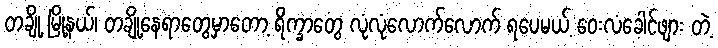
တချို့ မြို့နယ်၊ တချို့နေရာတွေမှာတော့ ရိက္ခာတွေ လုံလုံလောက်လောက် ရပေမယ့် ဝေးလံခေါင်ဖျား တဲ့